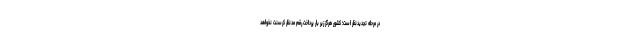
در مرحله تجدیدنظر است؛ کشور هرگز زیر بار پرداخت رقم مدنظر کرسنت نخواهد